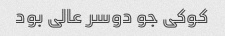
کوکی جو دوسر عالی بود